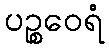
ပဉ္စဝေရံ